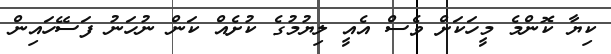
ކިޔާ ކޮންމެ މީހަކަށް ވެސް އެއީ ލިޔުމުގެ ކުށެއް ކަން ނުހަނު ފަސޭހައިން